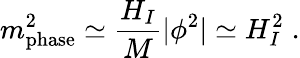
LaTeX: m_{\mathrm{{phase}}}^{2}\simeq\frac{H_{I}}{M}|\phi^{2}|\simeq H_{I}^{2}\; .